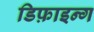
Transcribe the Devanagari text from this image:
डिफ़ाइन्ग